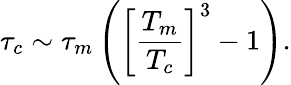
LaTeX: \tau_{c}\sim\tau_{m}\left(\left[\frac{T_{m}}{T_{c}}\right]^{3}-1\right).